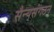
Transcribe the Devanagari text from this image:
सैन्यसंगठन